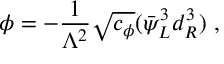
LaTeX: \phi = - \frac { 1 } { \Lambda ^ { 2 } } \sqrt { c _ { \phi } } ( \bar { \psi } _ { L } ^ { 3 } d _ { R } ^ { 3 } ) \ ,